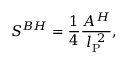
{ S } ^ { B H } = { \frac { 1 } { 4 } } { \frac { A ^ { H } } { l _ { \mathrm { \scriptsize { P } } } ^ { ~ 2 } } } ,